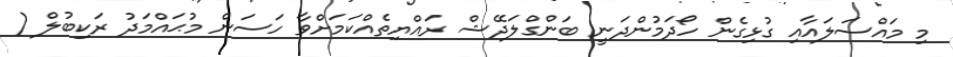
މި މައްސަލައާއި ގުޅިގެން ހޯދަމުންދަނީ ބަންގްލަދޭޝް ރައްޔިތެއްކަމަށްވާ ހަސަން މުޙައްމަދު ރަކިބުލް (